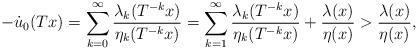
LaTeX: \begin{align*}-\dot u_0(Tx)=\sum_{k=0}\sp \infty\frac{\lambda_k(T\sp{-k}x)}{\eta_k(T\sp{-k}x)}=\sum_{k=1}\sp \infty\frac{\lambda_k(T\sp{-k}x)}{\eta_k(T\sp{-k}x)}+\frac{\lambda(x)}{\eta(x)}>\frac{\lambda(x)}{\eta(x)},\end{align*}